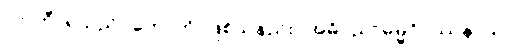
လာဘီ၊ ရသည်။ ဟောတိ၊ ဖြစ်သနည်း။ အဓိပညာဓမ္မဝိပဿနာယ၊